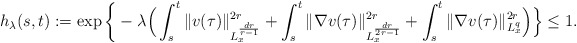
\begin{align*}\begin{aligned}h_\lambda (s,t):= \exp\bigg\{&-\lambda\Big( \int_s^t \| v(\tau)\|_{L^{\frac{dr}{r-1}}_x}^{2r} + \int_s^t \| \nabla v(\tau)\|_{L^{\frac{dr}{2r-1}}_x}^{2r}+ \int_s^t \| \nabla v(\tau)\|_{L^{q}_x}^{2r}\Big)\Big\}\leq 1.\end{aligned}\end{align*}